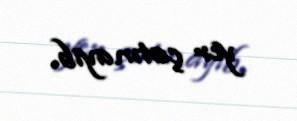
yer çatmayıb.